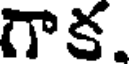
గాక.